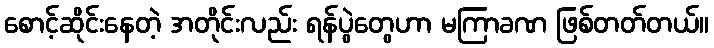
စောင့်ဆိုင်းနေတဲ့ အတိုင်းလည်း ရန်ပွဲတွေဟာ မကြာခဏ ဖြစ်တတ်တယ်။